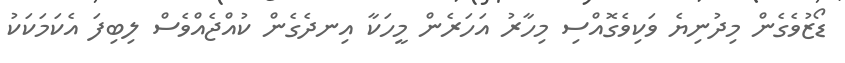
ޑޯޒުވެގެން މިދުނިޔެ ވަކިވެގޮއްސި މިހާރު އަހަރެން މީހަކާ އިނދެގެން ކުއްޖެއްވެސް ލިބިފަ އެކަމަކަކު